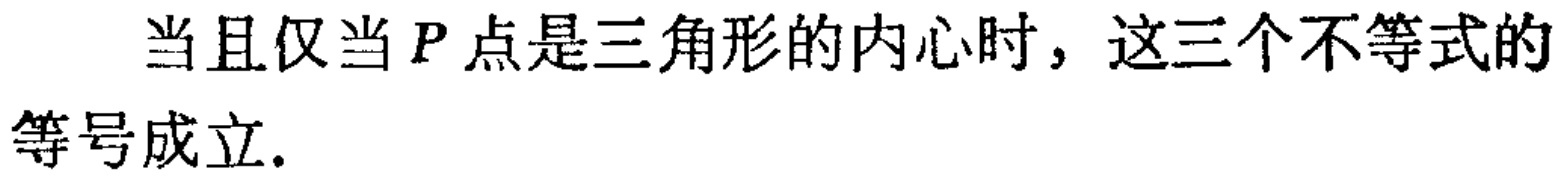
当且仅当 \(P\) 点是三角形的内心时，这三个不等式的等号成立.